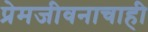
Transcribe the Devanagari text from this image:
प्रेमजीवनाचाही